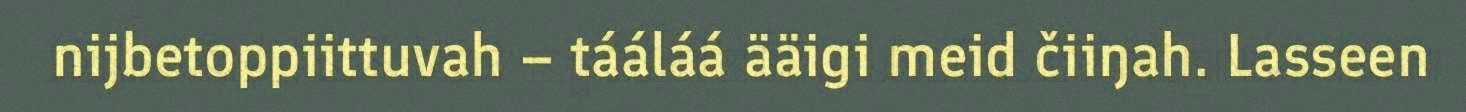
nijbetoppiittuvah – tááláá ääigi meid čiiŋah. Lasseen